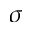
\sigma